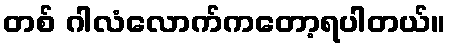
တစ် ဂါလံလောက်ကတော့ရပါတယ်။